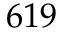
6 1 9